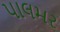
પાલમર